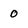
Character: o